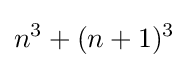
n^{3}+(n+1)^{3}